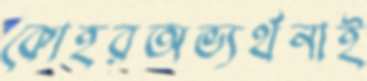
কোহরঅভ্যর্থনাই